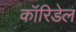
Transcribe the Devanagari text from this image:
कॉरिडेल